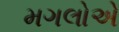
મગલોએ